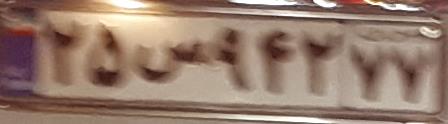
۲۵س۹۴۲۷۷